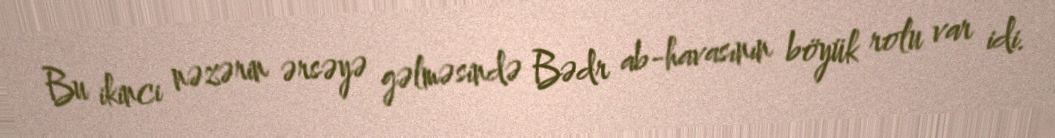
Bu ikinci nəzərin ərsəyə gəlməsində Bədr ab-havasının böyük rolu var idi.